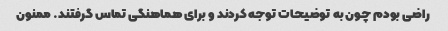
راضی بودم چون به توضیحات توجه کردند و برای هماهنگی تماس گرفتند. ممنون